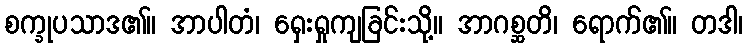
စက္ခုပသာဒ၏။ အာပါတံ၊ ရှေးရှုကျခြင်းသို့။ အာဂစ္ဆတိ၊ ရောက်၏။ တဒါ၊